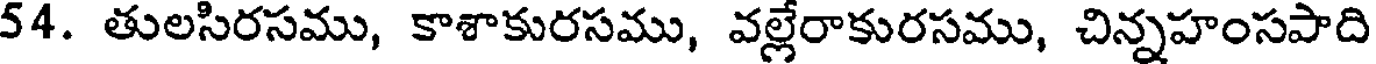
54. తులసిరసము, కాశాకురసము, వల్లేరాకురసము, చిన్నహంసపాది